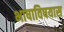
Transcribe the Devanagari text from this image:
भाषाविषयास